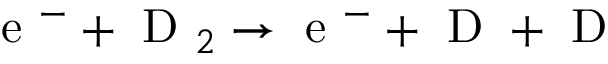
\mathrm { ~ e ~ } ^ { - } + \mathrm { ~ D ~ } _ { 2 } \rightarrow \mathrm { ~ e ~ } ^ { - } + \mathrm { ~ D ~ } + \mathrm { ~ D ~ }